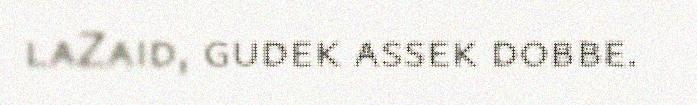
laZaid, gudek assek dobbe.